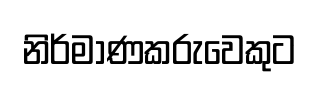
නිර්මාණකරුවෙකුට